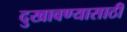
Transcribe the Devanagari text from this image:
दुखावण्यासाठी